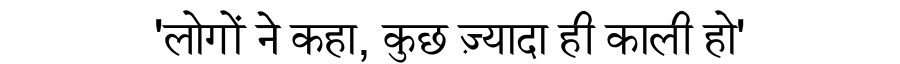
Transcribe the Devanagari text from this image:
'लोगों ने कहा, कुछ ज़्यादा ही काली हो'